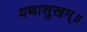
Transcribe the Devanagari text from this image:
यथासुखम्॥